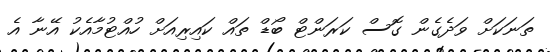
ތަނަކަށް ވަދެގެން ގޮސް ކަރަންޓް ބޯޑް ތައް ކައިރިއަށް ހުއްޓުމާއެކު އޭނާ އެ